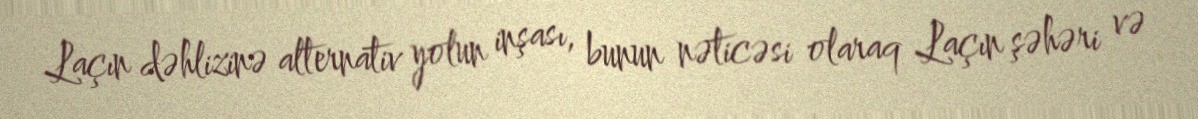
Laçın dəhlizinə alternativ yolun inşası, bunun nəticəsi olaraq Laçın şəhəri və